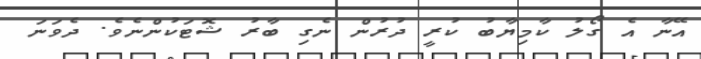
އޭނާ އެ ގޯލު ކާމިޔާބު ކުރީ ދުރުން ނެގި ބާރު ޝޮޓަކުންނެވެ. ދެވަނަ